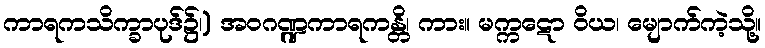
ကာရကသိက္ခာပုဒ်၌၊) အဝဂဏ္ဍကာရကန္တိ၊ ကား။ မက္ကဋော ဝိယ၊ မျောက်ကဲ့သို့။